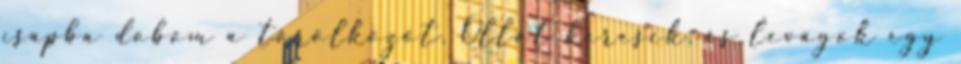
csapba dobom a törölközőt. Ollót keresek, és levágok egy